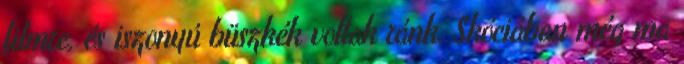
filmre, és iszonyú büszkék voltak ránk. Skóciában még ma